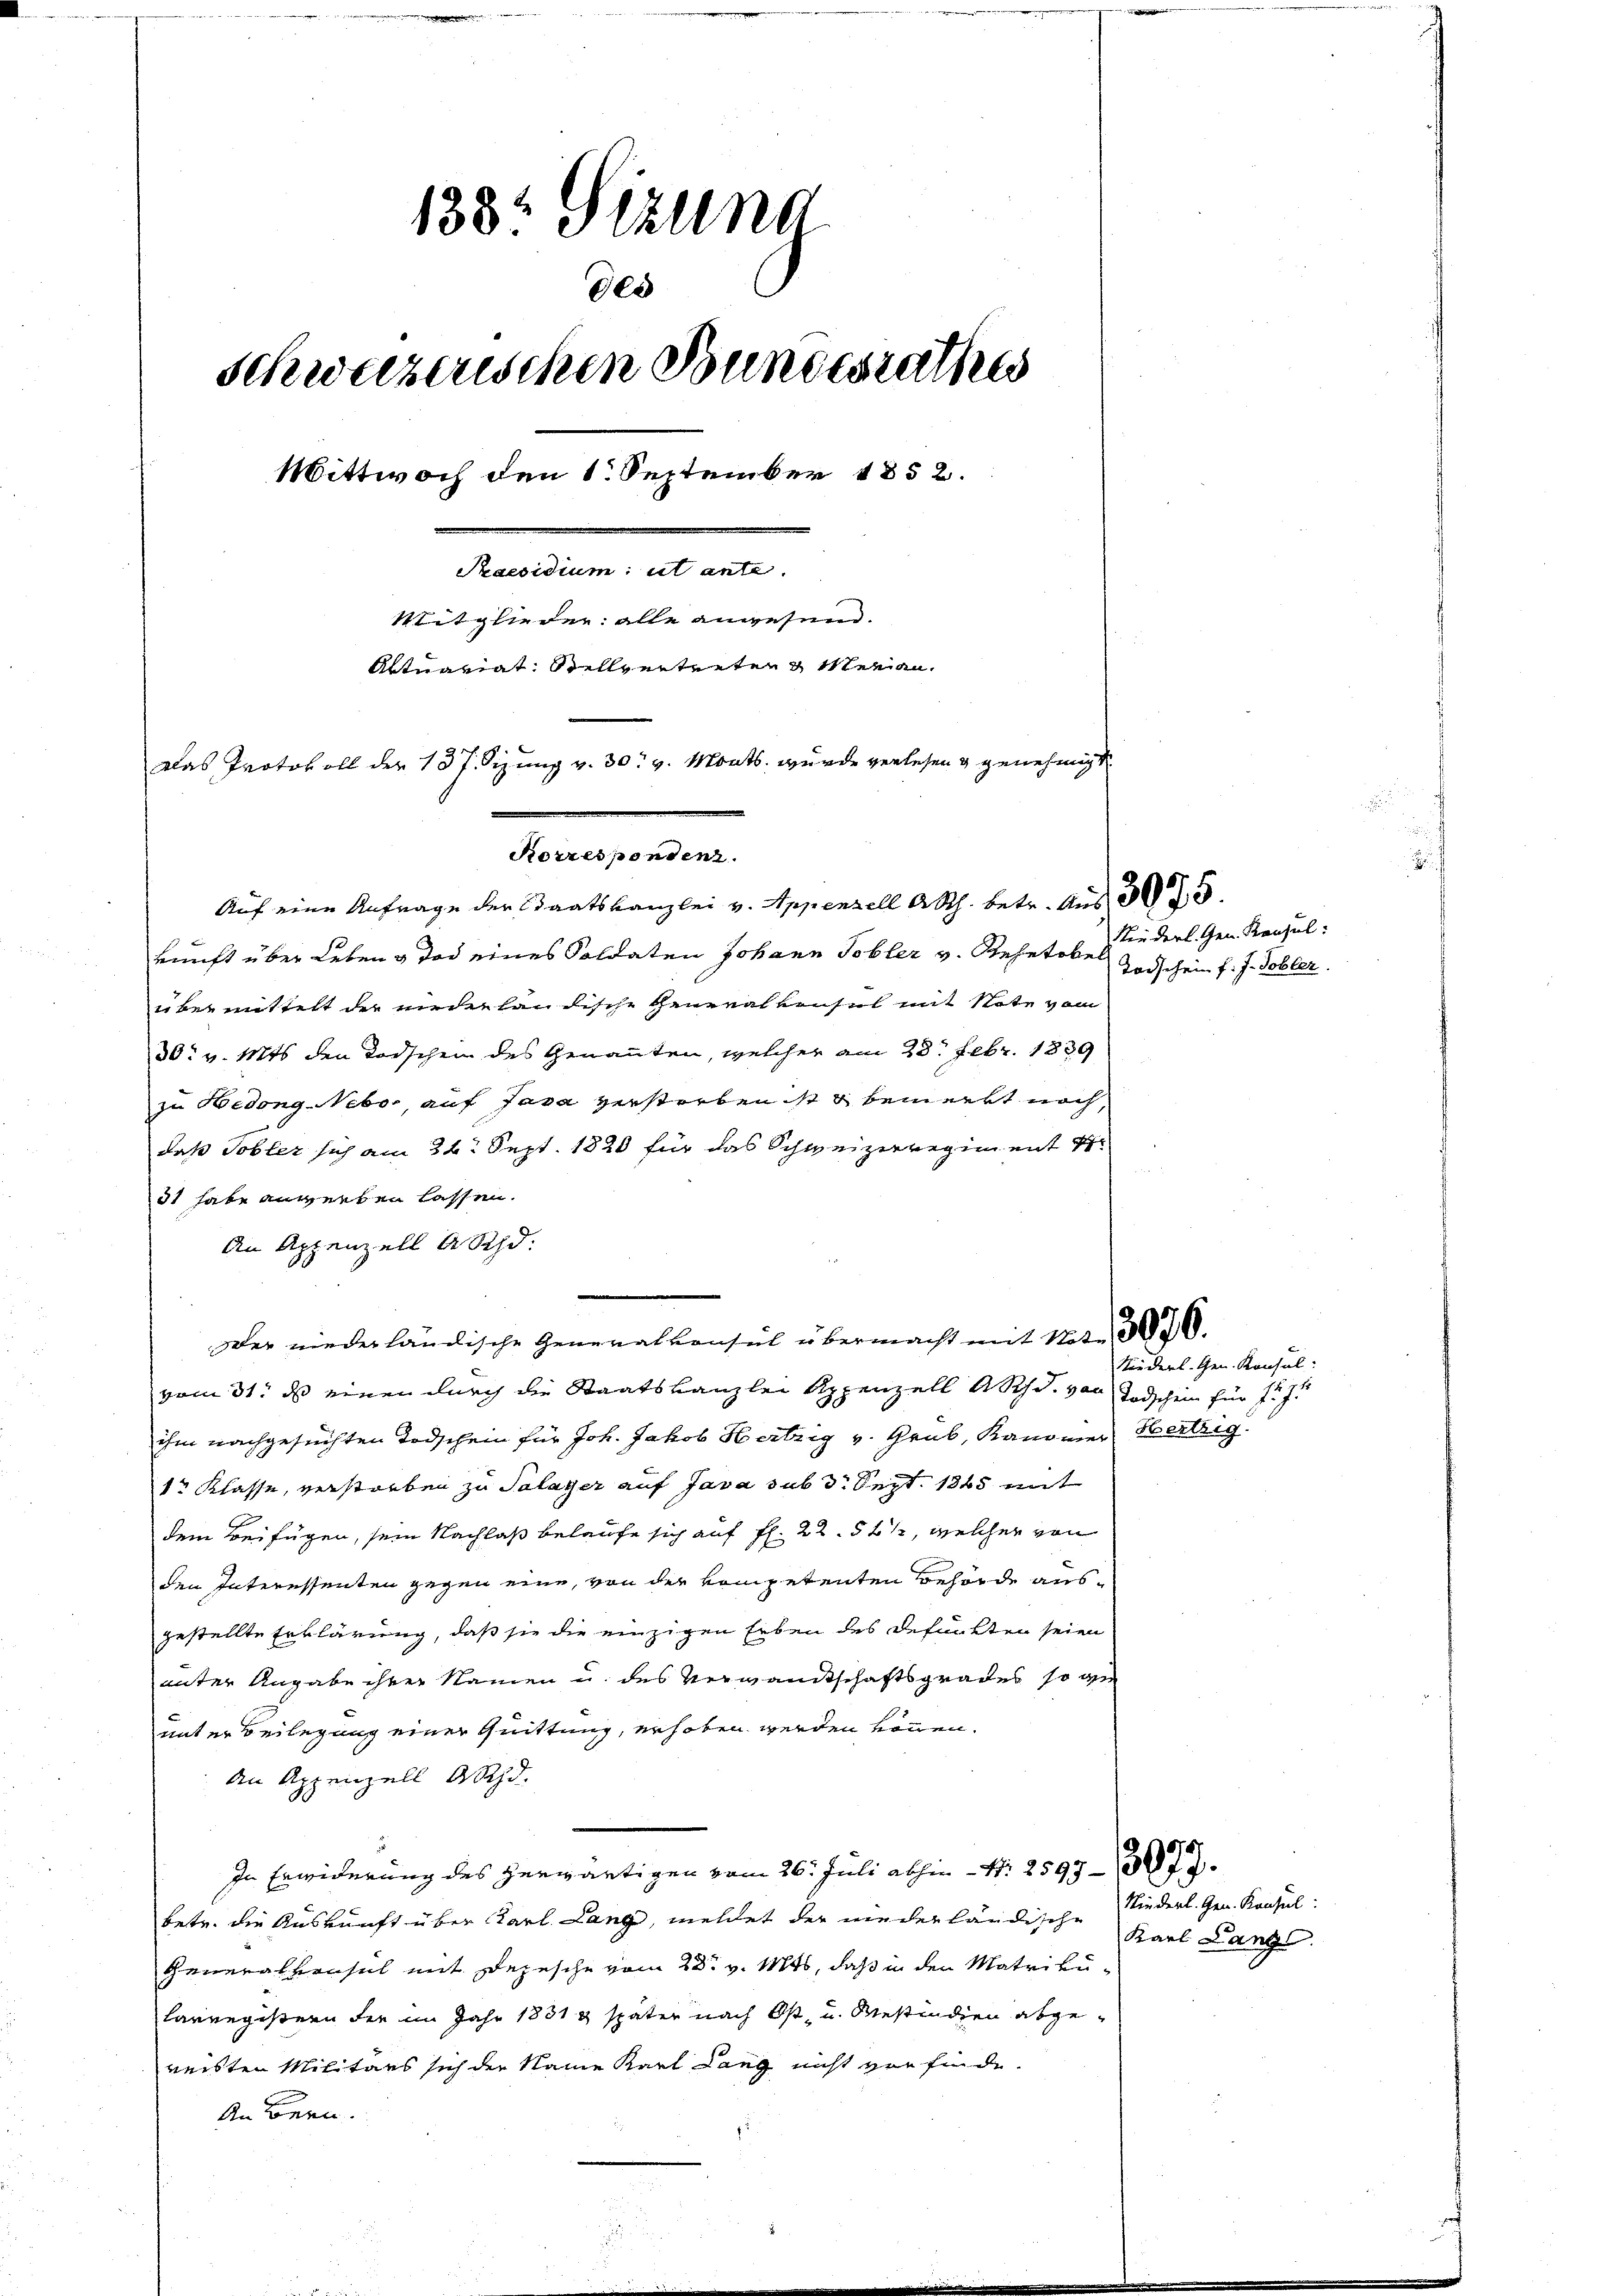
138. Sizung
des
schweizenschen Bundesrathes
Wittwoch den 1. September 1852.
Praesidium ut ante.
Mitglieder: alle anwesend.
Aktuariat: Stellvertreten & Meran¬
Das Protokoll der 137. Sizung v. 30. v. Monts. wurde verlesen & genehmigt
Korrespondenz.

Auf eine Anfrage der Staatskanzlei v. Appenzell A.Rh. betr. Aus 305.
kunft über Leben & Tod eines Soldaten Johann Tobler v. Rehntel, inderl. Gen. Konsuler bei mittelt der wieder handische Generalkonsul mit Note vom
30. v. Mts. den Todschen des Genannten, welcher am 28. Febr. 1839
zu Hidong-Nebo, auf Java verstorben ist & bemerkt noch,
daß Tobler sich am 24. Sept. 1820 für das Schweizerregiment
31 habe anverben lassen.
An Appenzell A Shd.
Der niederländische Generalkonsul übermacht mit Nat. 376.
vom 31. ds einen durch die Staatskanzlei Appenzell A. Sch. d. von Todschein für 127.
ihm nachgesuchten Todschein für Joh. Jakob Hertzig v. Grab, Kanoner Hertig
1r Klasse, verstorben zu Salayer auf Java sub 3. Sept. 1865 mit
dem Beifügen, sein Nachlaß belaufe sich auf fl. 22. 561, welcher von
den Interessenten gegen eine, von der kompetenten Behörde ausgestellte Erklärung, daß sie die einzigen Erben des defunkten seien
unter Angabe ihrer Namen u. des Verwandtschaftsgrades so ge
unter Beilegung einer Quittung, erhoben werden können.
An Appenzell Ahd.
In Erwiderung des herwärtigen vom 26. Juli abhin N. 2597-377.
betr. die Auskunft über Karl. Lang, meldet der niederländische
Generalprusel mit Depesche vom 23. v. Mts, daß in den Matriku¬
Carregistern der im Jahr 1831 & später nach Ost- u. Mestindien abgereisten Militärs sich der Name Karl Lang nicht vorfinde.
An Bern.

Todschein f. J. Tobler.

Niederl. Gen. Konsul:

Niederl. Gen. Konsul:
Karl Lang